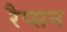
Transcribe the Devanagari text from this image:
रैप्सन